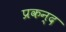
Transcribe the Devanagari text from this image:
प्रकन्द